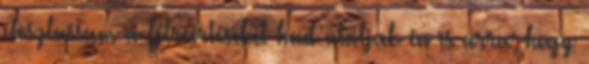
eloszlassam a félreértéseket had utaljak én is arra, hogy